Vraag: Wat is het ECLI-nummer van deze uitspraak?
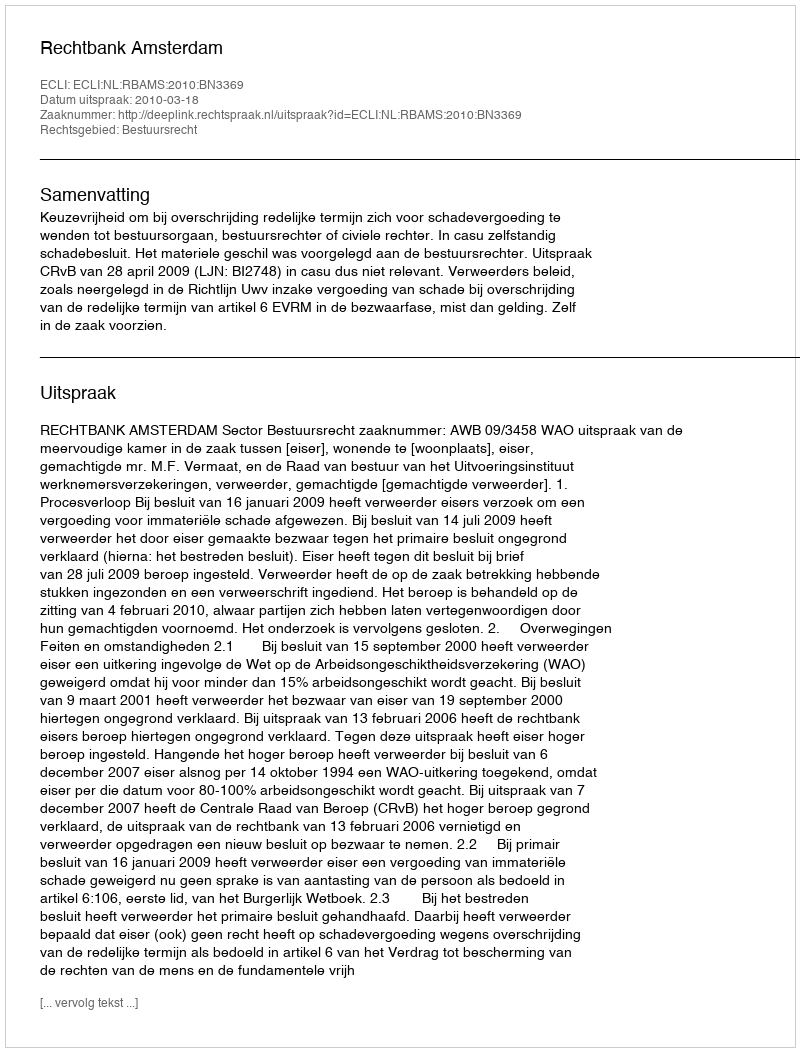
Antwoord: ECLI:NL:RBAMS:2010:BN3369